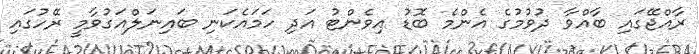
ރާއްޖޭގައި ބާއްވާ ދުވުމުގެ އެންމެ ބޮޑު އިވެންޓު އަދި ހަމައެކަނި ބައިނަލްއަގުވާމީ ރޭހުގައި